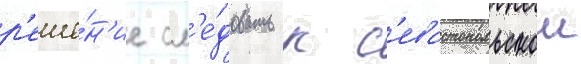
р'еше́н'ие сл'е́довать к с'евастопольскои